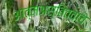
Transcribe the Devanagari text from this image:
आत्मअस्तित्वाचे